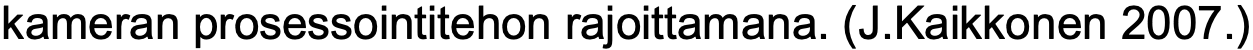
kameran prosessointitehon rajoittamana. (J.Kaikkonen 2007.)